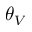
\theta _ { V }